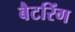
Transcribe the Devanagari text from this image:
बैटरिंग